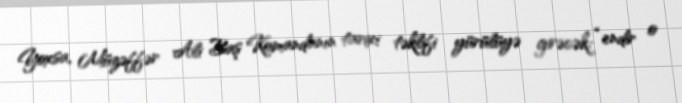
Yoxsa, Müzəffər Ali Baş Komandanın tarixi təklifi yürülüyə girəcək: “endir o